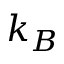
k _ { B }